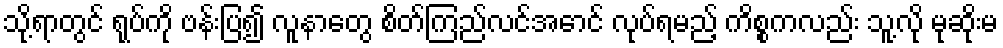
သို့ရာတွင် ရုပ်ကို ဗန်းပြ၍ လူနာတွေ စိတ်ကြည်လင်အောင် လုပ်ရမည့် ကိစ္စကလည်း သူ့လို မုဆိုးမ